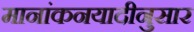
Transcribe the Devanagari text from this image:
मानांकनयादीनुसार